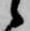
候